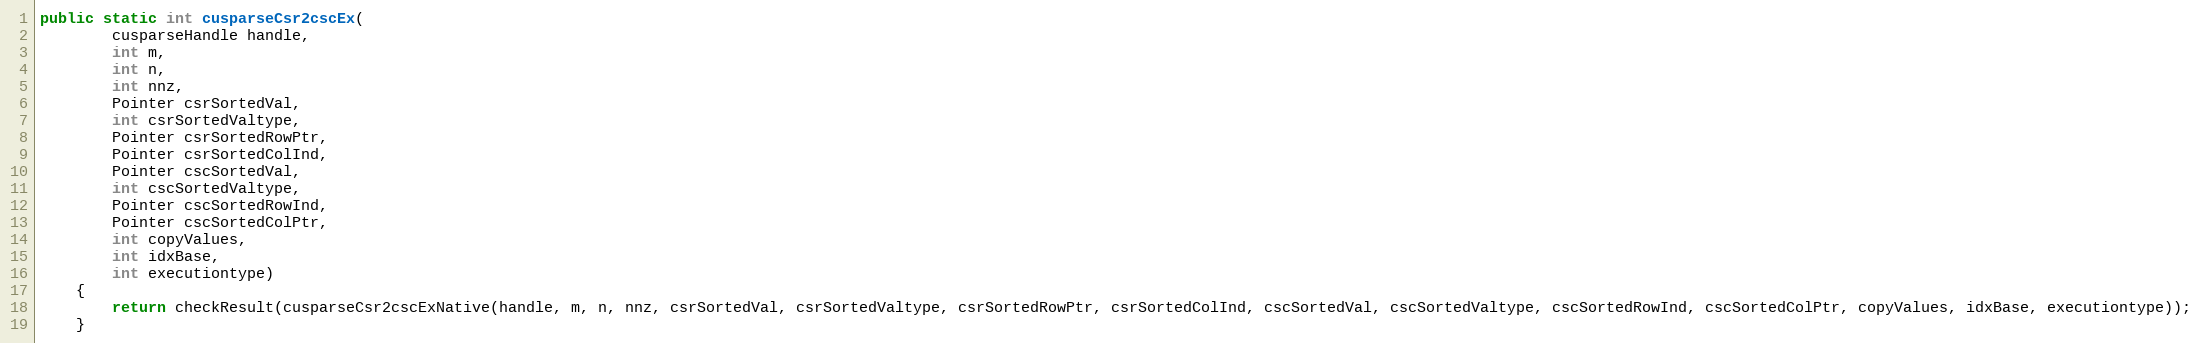
Language: Java
public static int cusparseCsr2cscEx(
        cusparseHandle handle,
        int m,
        int n,
        int nnz,
        Pointer csrSortedVal,
        int csrSortedValtype,
        Pointer csrSortedRowPtr,
        Pointer csrSortedColInd,
        Pointer cscSortedVal,
        int cscSortedValtype,
        Pointer cscSortedRowInd,
        Pointer cscSortedColPtr,
        int copyValues,
        int idxBase,
        int executiontype)
    {
        return checkResult(cusparseCsr2cscExNative(handle, m, n, nnz, csrSortedVal, csrSortedValtype, csrSortedRowPtr, csrSortedColInd, cscSortedVal, cscSortedValtype, cscSortedRowInd, cscSortedColPtr, copyValues, idxBase, executiontype));
    }